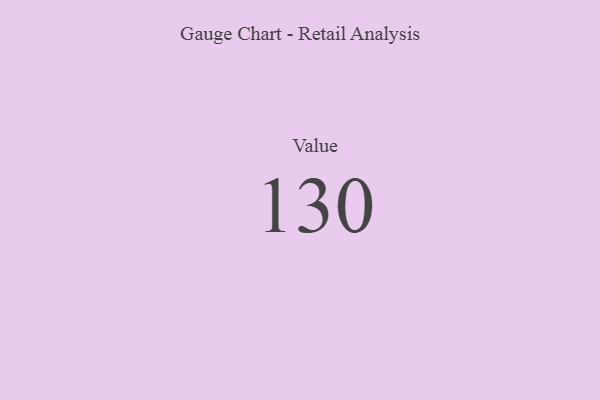
{"axis": {"x": "Metric", "y": "Value"}, "legend": [""], "data": [{"x": "Value", "y": 130, "type": ""}]}